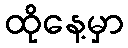
ထိုနေ့မှာ